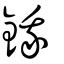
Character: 鋨